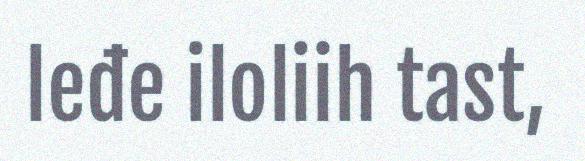
leđe iloliih tast,